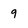
Character: 9